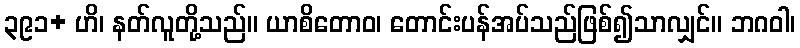
၃၉၁+ ဟိ၊ နတ်လူတို့သည်။ ယာစိတောဝ၊ တောင်းပန်အပ်သည်ဖြစ်၍သာလျှင်။ ဘဂဝါ၊